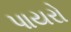
પાયરો